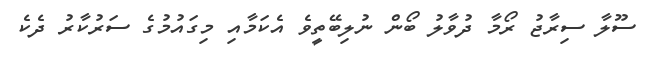
ސޫލާ ސިރާޖު ރޯމާ ދުވާލު ބޯން ނުލިބޭތީވެ އެކަމާއި މިގައުމުގެ ސަރުކާރު ދެކެ